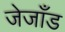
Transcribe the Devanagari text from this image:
जेजाँड